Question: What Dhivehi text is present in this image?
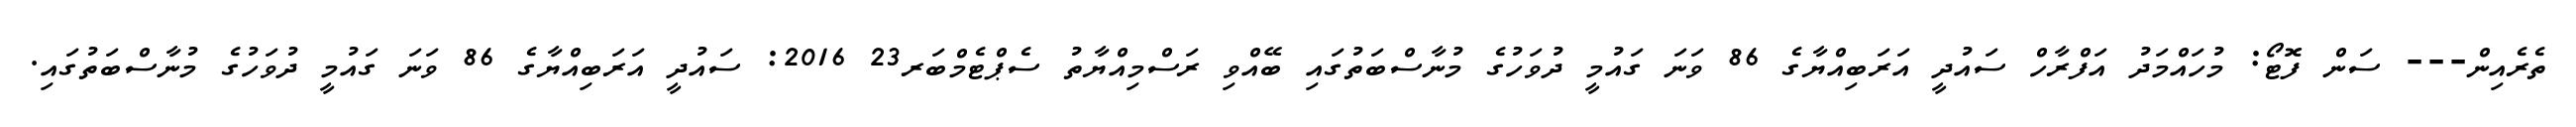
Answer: ތެރެއިން--- ސަން ފޮޓޯ: މުހައްމަދު އަފްރާހް ސައުދީ އަރަބިއްޔާގެ 86 ވަނަ ގައުމީ ދުވަހުގެ މުނާސްބަތުގައި ބޭއްވި ރަސްމިއްޔާތު ސެޕްޓެމްބަރ23 2016: ސައުދީ އަރަބިއްޔާގެ 86 ވަނަ ގައުމީ ދުވަހުގެ މުނާސްބަތުގައި.